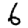
Digit: 6